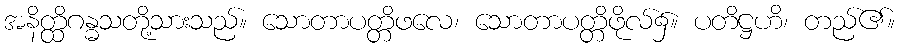
အနိတ္ထိဂန္ဓသတို့သားသည်။ သောတာပတ္တိဖလေ၊ သောတာပတ္တိဖိုလ်၌။ ပတိဋ္ဌဟိ၊ တည်၏။